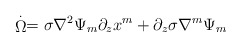
\begin{align*}\stackrel{.}{\Omega }=\sigma \nabla ^{2}\Psi _{m}\partial _{z}x^{m}+\partial_{z}\sigma \nabla ^{m}\Psi _{m}\end{align*}